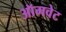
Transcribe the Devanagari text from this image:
ऑमवेट